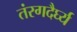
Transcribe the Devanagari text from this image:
तंरगदैर्घ्य